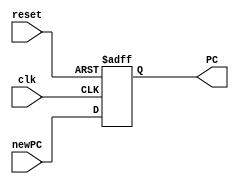
module PC (input clk, reset,
input[31:0] newPC,
output reg[31:0] PC);
always @(posedge clk or posedge reset)
begin

if (reset == 1)
PC<= 0; // or whereever the first instruction is
else
PC<= newPC;
end
endmodule